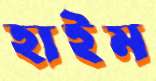
হাইম